Report of the Imperial Institute of Veterinary Research, Muktesar
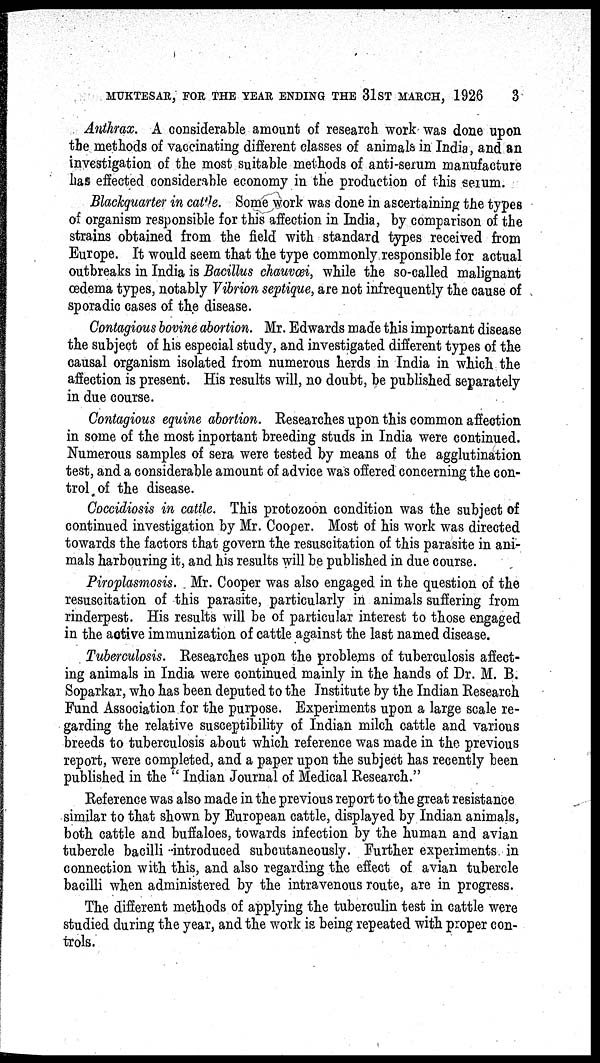
MUKTESAR, FOR THE YEAR ENDING THE 31 ST MARCH, 1926
3
Anthrax. A considerable amount of research work was done upon
the methods of vaccinating different classes of animals in India, and an
investigation of the most suitable methods of anti-serum manufacture
has effected considerable economy in the production of this serum.
Blackquarter in cattle. Some work was done in ascertaining the types
of organism responsible for this affection in India, by comparison of the
strains obtained from the field with standard types received from
Europe. It would seem that the type commonly responsible for actual
outbreaks in India is Bacillus chauvœi, while the so-called malignant
œdema types, notably Vibrion septique, are not infrequently the cause of
sporadic cases of the disease.
Contagious bovine abortion. Mr. Edwards made this important disease
the subject of his especial study, and investigated different types of the
causal organism isolated from numerous herds in India in which the
affection is present. His results will, no doubt, be published separately
in due course.
Contagious equine abortion. Researches upon this common affection
in some of the most inportant breeding studs in India were continued.
Numerous samples of sera were tested by means of the agglutination
test, and a considerable amount of advice was offered concerning the con-
trol of the disease.
Coccidiosis in cattle. This protozoon condition was the subject of
continued investigation by Mr. Cooper. Most of his work was directed
towards the factors that govern the resuscitation of this parasite in ani-
mals harbouring it, and his results will be published in due course.
Piroplasmosis. Mr. Cooper was also engaged in the question of the
resuscitation of this parasite, particularly in animals suffering from
rinderpest. His results will be of particular interest to those engaged
in the active immunization of cattle against the last named disease.
Tuberculosis. Researches upon the problems of tuberculosis affect-
ing animals in India were continued mainly in the hands of Dr. M. B.
Soparkar, who has been deputed to the Institute by the Indian Research
Fund Association for the purpose. Experiments upon a large scale re-
garding the relative susceptibility of Indian milch cattle and various
breeds to tuberculosis about which reference was made in the previous
report, were completed, and a paper upon the subject has recently been
published in the " Indian Journal of Medical Research."
Reference was also made in the previous report to the great resistance
similar to that shown by European cattle, displayed by Indian animals,
both cattle and buffaloes, towards infection by the human and avian
tubercle bacilli introduced subcutaneously. Further experiments in
connection with this, and also regarding the effect of avian tubercle
bacilli when administered by the intravenous route, are in progress.
The different methods of applying the tuberculin test in cattle were
studied during the year, and the work is being repeated with proper con-
trols.